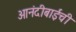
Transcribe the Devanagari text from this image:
आनंदीबाईची